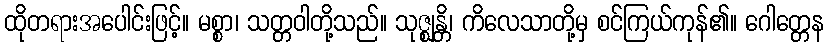
ထိုတရားအပေါင်းဖြင့်။ မစ္စာ၊ သတ္တဝါတို့သည်။ သုဇ္ဈန္တိ၊ ကိလေသာတို့မှ စင်ကြယ်ကုန်၏။ ဂေါတ္တေန